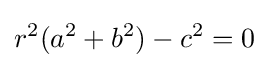
r^{2}(a^{2}+b^{2})-c^{2}=0